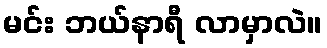
မင်း ဘယ်နာရီ လာမှာလဲ။